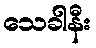
သေခါနီး